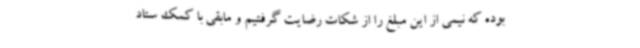
بوده که نیمی از این مبلغ را از شکات رضایت گرفتیم و مابقی با کمک ستاد